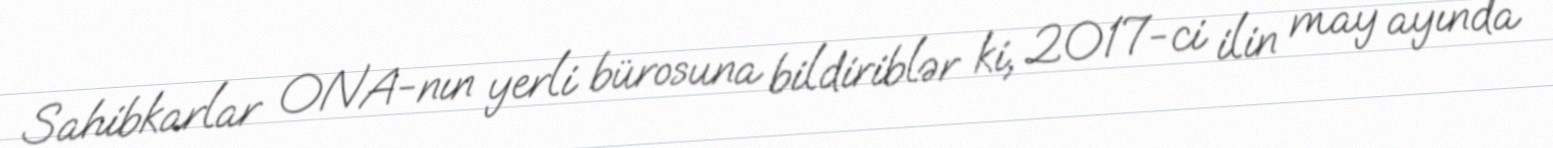
Sahibkarlar ONA-nın yerli bürosuna bildiriblər ki, 2017-ci ilin may ayında